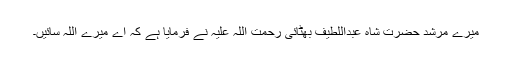
میرے مرشد حضرت شاہ عبداللطیف بھٹائی رحمت اللّہ علیہِ نے فرمایا ہے کہ اے میرے اللّہ سائیں۔